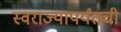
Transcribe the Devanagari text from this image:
स्वराज्यापर्यंतची